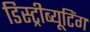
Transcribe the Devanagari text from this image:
डिस्ट्रीब्यूटिंग